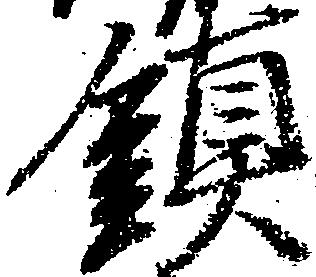
鎮